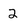
Character: 2